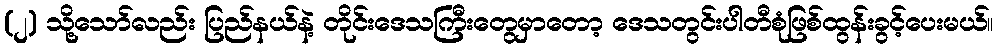
(၂) သို့သော်လည်း ပြည်နယ်နဲ့ တိုင်းဒေသကြီးတွေမှာတော့ ဒေသတွင်းပါတီစုံဖြစ်ထွန်းခွင့်ပေးမယ်။